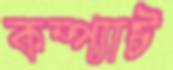
কম্প্যাক্ট